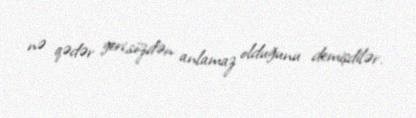
nə qədər geri,sözdən anlamaz olduğunu demişdilər.